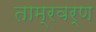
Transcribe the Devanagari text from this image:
ताम्रवर्ण